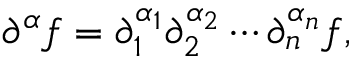
\partial ^ { \alpha } f = \partial _ { 1 } ^ { \alpha _ { 1 } } \partial _ { 2 } ^ { \alpha _ { 2 } } \cdots \partial _ { n } ^ { \alpha _ { n } } f ,